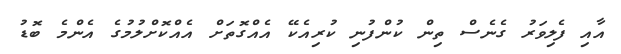
އާއި ފެލިވަރު ގެނެސް ތިން ކުންފުނި ކުރިއެކޭ އެއްގޮތަށް އެއްކޮށްލުމުގެ އެންމެ ބޮޑު